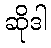
ဆိုဒါ